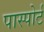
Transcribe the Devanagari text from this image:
पास्पोर्ट